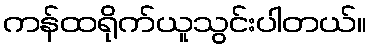
ကန်ထရိုက်ယူသွင်းပါတယ်။